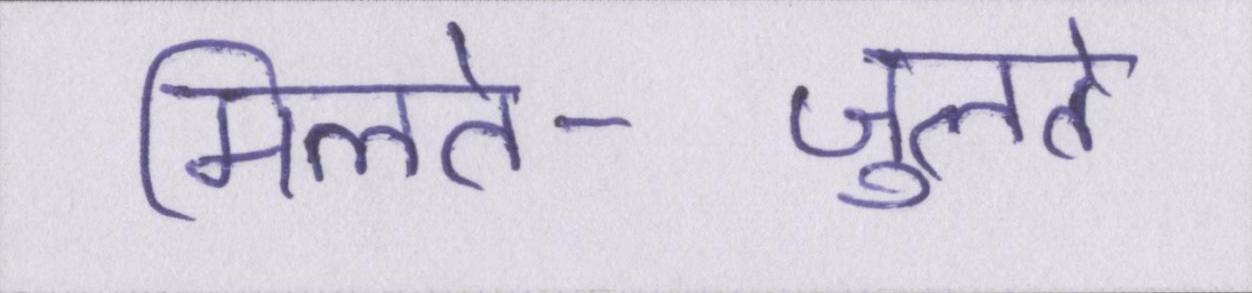
मिलते-जुलते